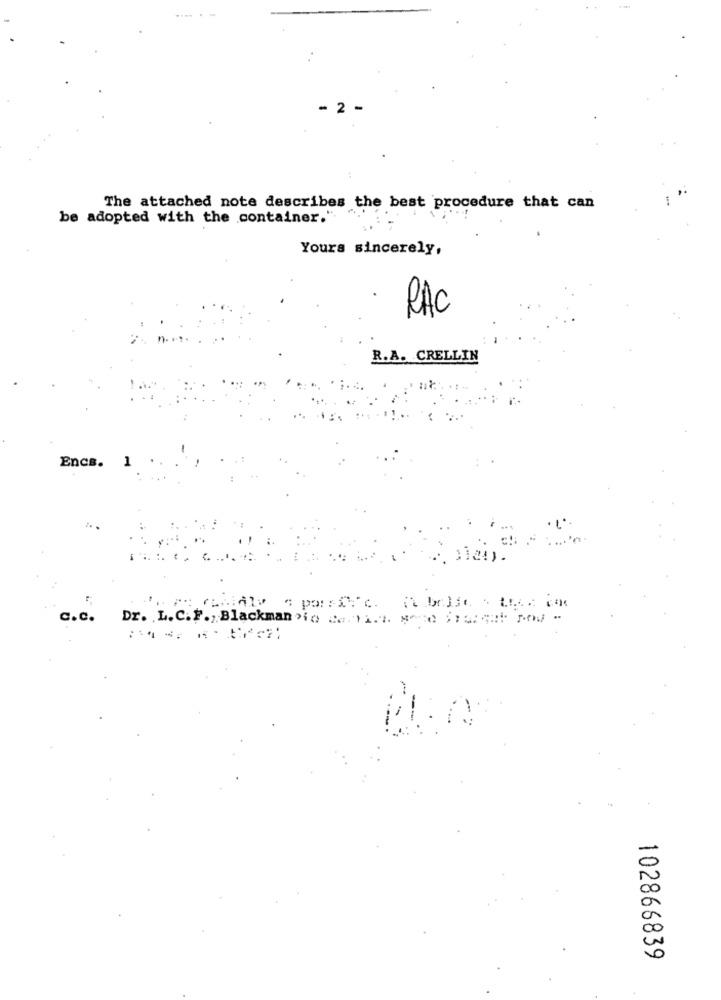
- 2 -
The attached note describes the best procedure that can
be adopted with the container."
Yours sincerely,
RAC
R.A. CRELLIN
Encs. 1
3124).
C.C.
Dr. L.C.F ., Blackman >io ce. i.s. sete $rui qui pod -
102866839